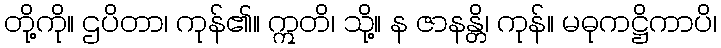
တို့ကို။ ဌပိတာ၊ ကုန်၏။ ဣတိ၊ သို့။ န ဇာနန္တိ၊ ကုန်။ မဓုကဋ္ဌိကာပိ၊